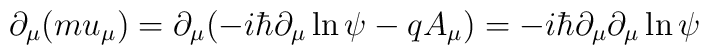
\partial _\mu (mu_\mu )=\partial _\mu (-i\hbar \partial _\mu \ln \psi-qA_\mu )=-i\hbar \partial _\mu \partial _\mu \ln \psi